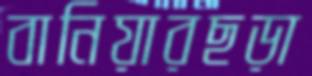
বানিয়ারছড়া